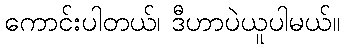
ကောင်းပါတယ်၊ ဒီဟာပဲယူပါမယ်။